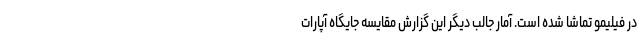
در فیلیمو تماشا شده است. آمار جالب دیگر این گزارش مقایسه جایگاه آپارات